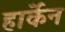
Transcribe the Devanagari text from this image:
हार्केन